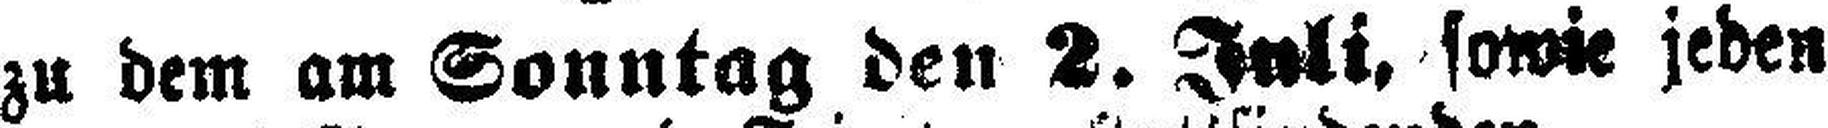
zu dem am Sonntag den 2. Juli. sowie jeden